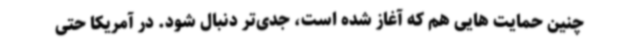
چنین حمایت هایی هم که آغاز شده است، جدی‌تر دنبال شود. در آمریکا حتی